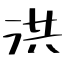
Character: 洪